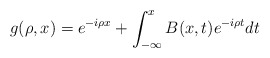
\begin{align*}g(\rho,x)=e^{-i\rho x}+\int_{-\infty}^{x}B(x,t)e^{-i\rho t}dt \end{align*}